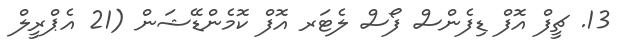
13. ޗީފް އޮފް ޑިފެންސް ފޯސް ލެޓަރ އޮފް ކޮމެންޑޭޝަން (21 އެޕްރީލް